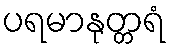
ပရမာနုတ္တရံ